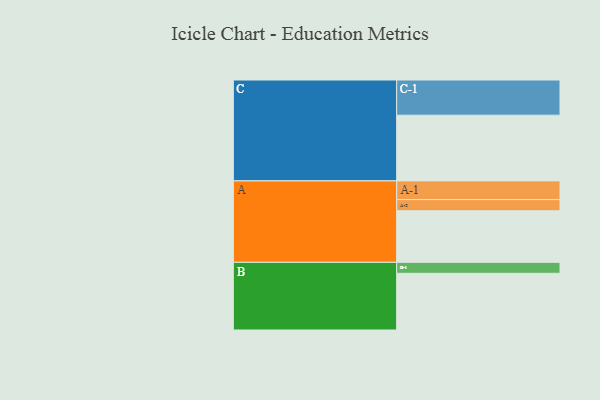
{"axis": {"x": "Segment", "y": "Value"}, "legend": ["", "A", "B", "C"], "data": [{"x": "A", "y": 419, "type": ""}, {"x": "B", "y": 461, "type": ""}, {"x": "C", "y": 534, "type": ""}, {"x": "A-1", "y": 152, "type": "A"}, {"x": "A-2", "y": 91, "type": "A"}, {"x": "B-1", "y": 89, "type": "B"}, {"x": "C-1", "y": 286, "type": "C"}]}